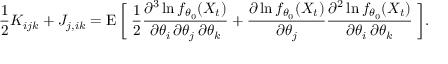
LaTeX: { \frac { 1 } { 2 } } K _ { i j k } + J _ { j , i k } = \operatorname { E } { \bigg [ } \; { \frac { 1 } { 2 } } { \frac { \partial ^ { 3 } \ln f _ { \theta _ { 0 } } ( X _ { t } ) } { \partial \theta _ { i } \, \partial \theta _ { j } \, \partial \theta _ { k } } } + { \frac { \partial \ln f _ { \theta _ { 0 } } ( X _ { t } ) } { \partial \theta _ { j } } } { \frac { \partial ^ { 2 } \ln f _ { \theta _ { 0 } } ( X _ { t } ) } { \partial \theta _ { i } \, \partial \theta _ { k } } } \; { \bigg ] } .